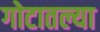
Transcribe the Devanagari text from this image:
गोटातल्या